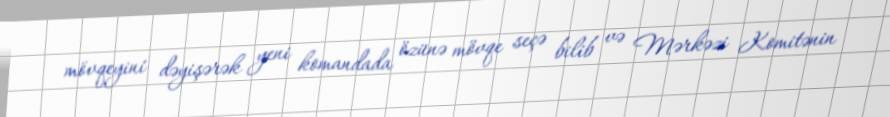
mövqeyini dəyişərək yeni komandada özünə mövqe seçə bilib və Mərkəzi Komitənin